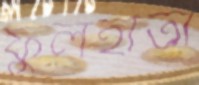
ফুলহাতা